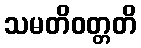
သမတိဝတ္တတိ